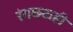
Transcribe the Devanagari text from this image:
रंगछटाही